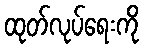
ထုတ်လုပ်ရေးကို